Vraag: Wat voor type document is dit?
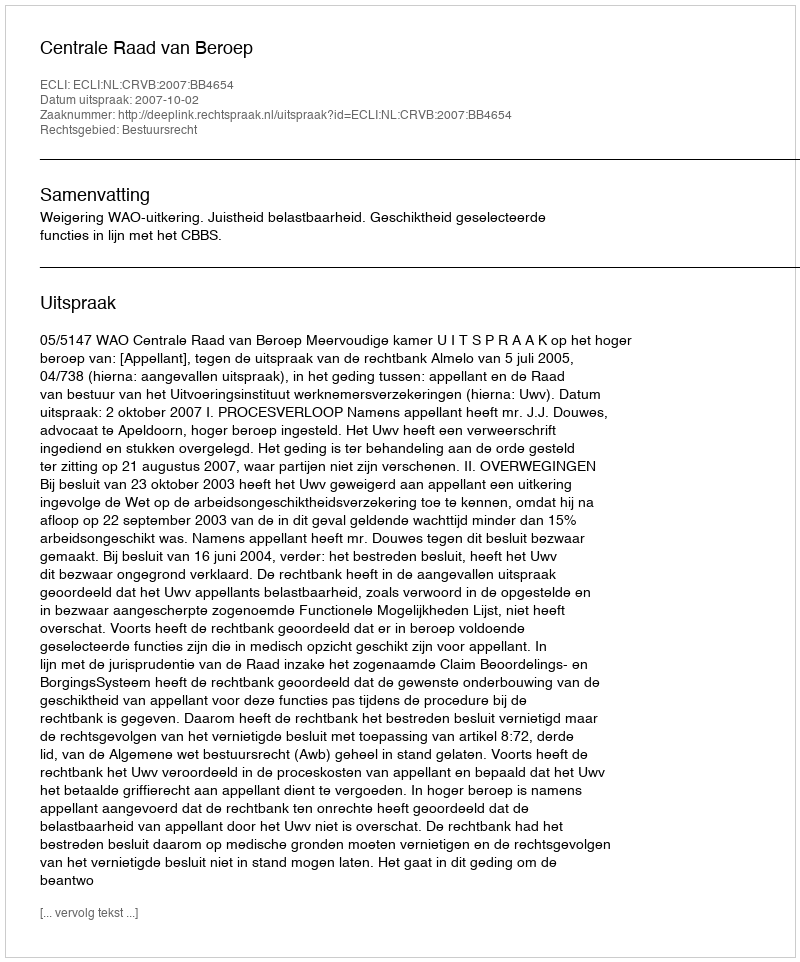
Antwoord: Uitspraak